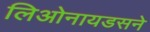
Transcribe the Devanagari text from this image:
लिओनायडसने